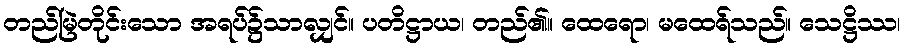
တည်မြဲတိုင်းသော အရပ်၌သာလျှင်။ ပတိဋ္ဌာယ၊ တည်၏။ ထေရော၊ မထေရ်သည်။ သေဋ္ဌိဿ၊